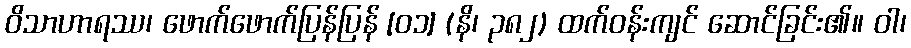
ဝိသာဟာရဿ၊ ဖောက်ဖောက်ပြန်ပြန် [၀၁] (နိ၊ ၃၈၂) ထက်ဝန်းကျင် ဆောင်ခြင်း၏။ ဝါ၊